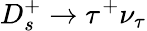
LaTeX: D_{s}^{+}\to\tau^{+}\nu_{\tau}